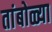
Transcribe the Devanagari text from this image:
तांबोळ्या